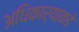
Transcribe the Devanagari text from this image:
अधिकार्याकडे